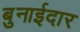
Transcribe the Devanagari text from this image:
बुनाईदार